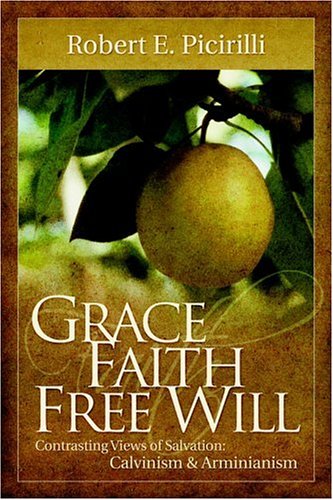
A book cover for Grace, Faith, Free Will; Robert E. Picirilli; Politics & Social Sciences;